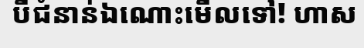
បីជំនាន់ឯណោះមើលទៅ! ហាស